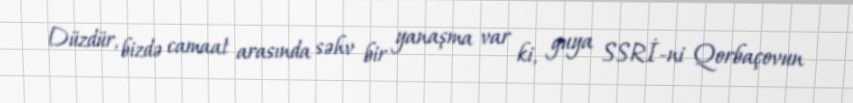
Düzdür, bizdə camaat arasında səhv bir yanaşma var ki, guya SSRİ-ni Qorbaçovun